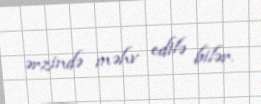
ərzində məhv edilə bilər.